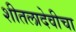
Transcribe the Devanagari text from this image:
शीतलादेवीचा